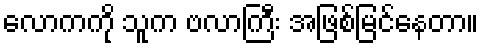
လောကကို သူက ဗလာကြီး အဖြစ်မြင်နေတာ။